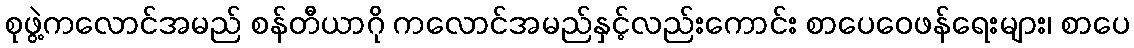
စုဖွဲ့ကလောင်အမည် စန်တီယာဂို ကလောင်အမည်နှင့်လည်းကောင်း စာပေဝေဖန်ရေးများ၊ စာပေ